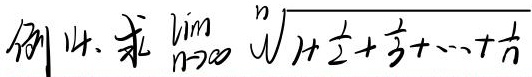
例14. 求\(\lim_{n \to \infty} \sqrt[n]{1 + \frac{1}{2}+\frac{1}{3}+\cdots+\frac{1}{n}}\)